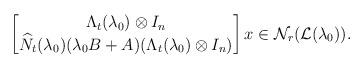
LaTeX: \begin{align*}\begin{bmatrix}\Lambda_t(\lambda_0)\otimes I_n \\\widehat{N}_t(\lambda_0)(\lambda_0 B+A)(\Lambda_t(\lambda_0)\otimes I_n)\end{bmatrix}x\in\mathcal{N}_r(\mathcal{L}(\lambda_0)).\end{align*}